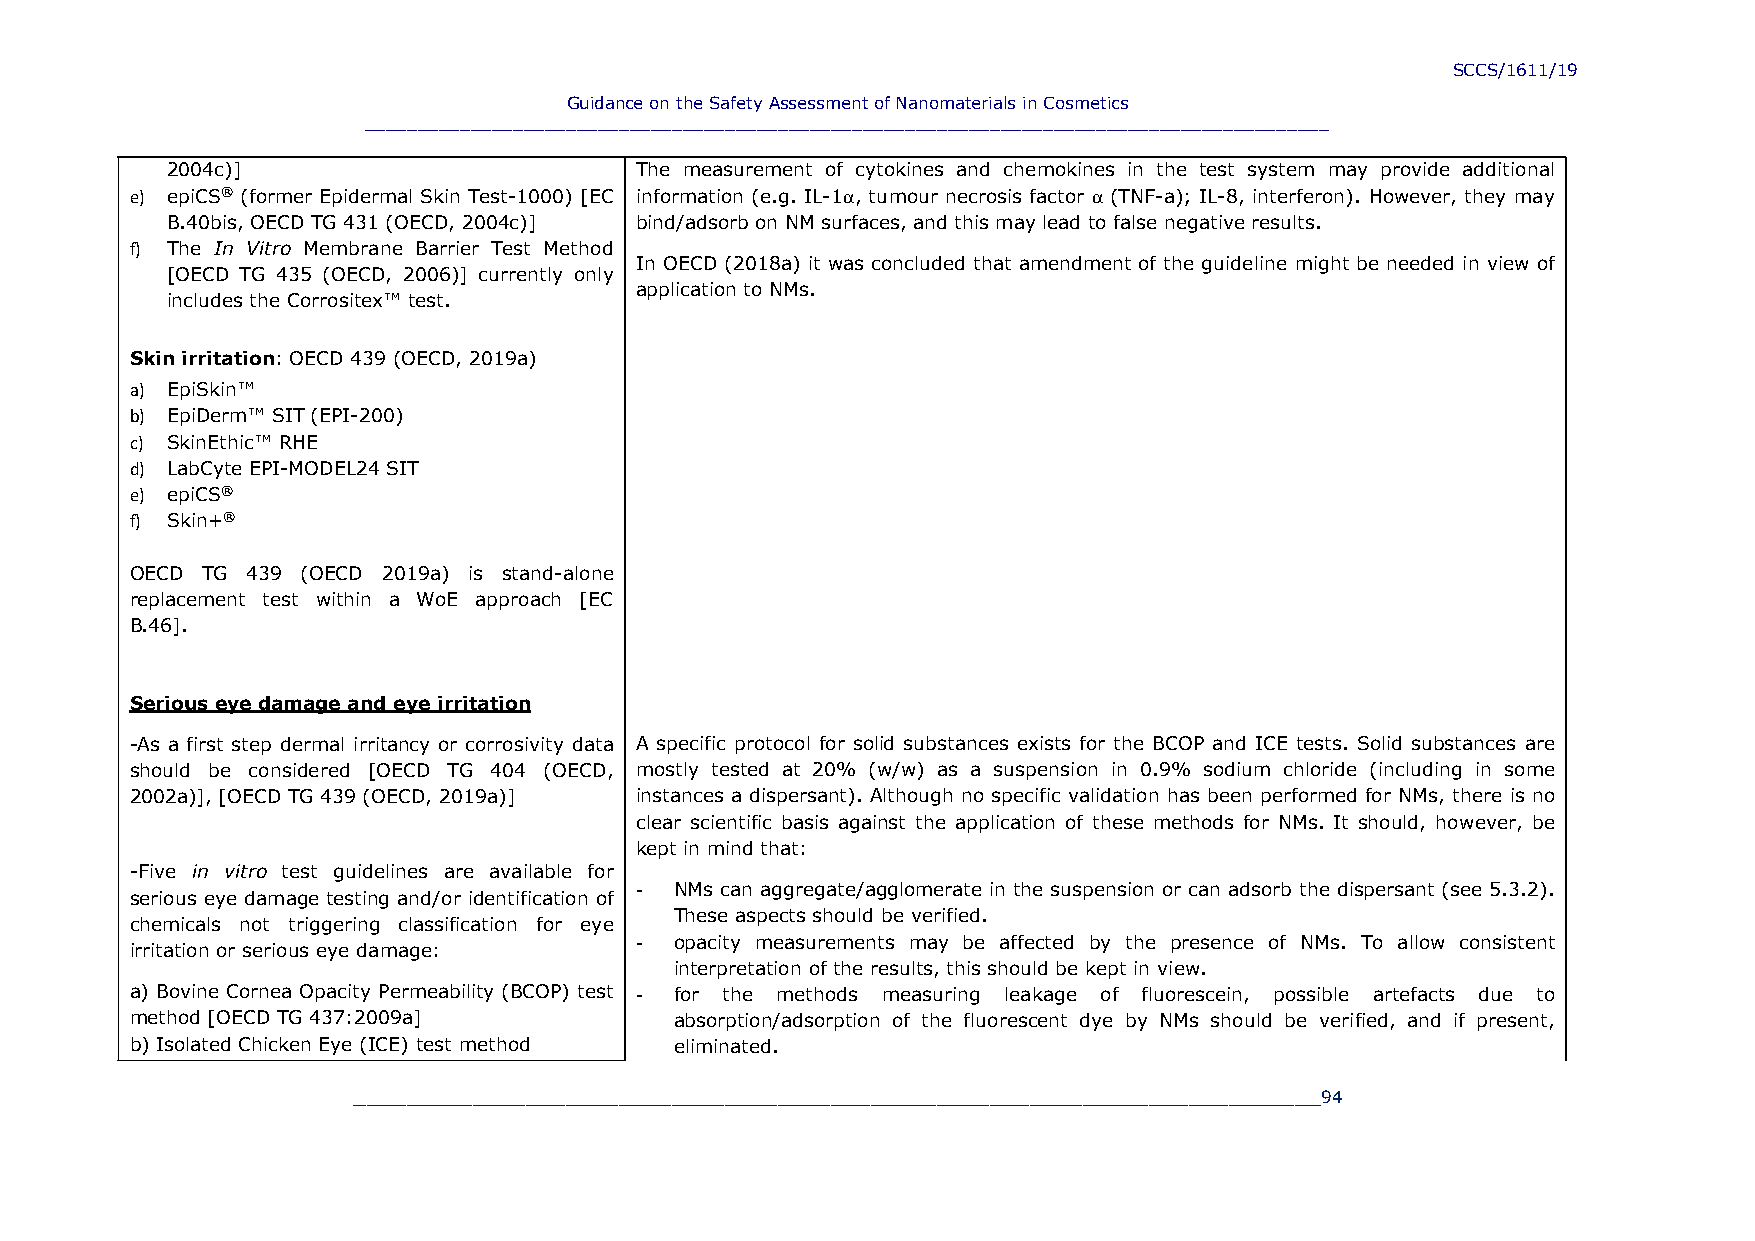
SCCS/1611/19
 Guidance on the Safety Assessment of Nanomaterials in Cosmetics
 ___________________________________________________________________________________________
 2004c)]                        The measurement of cytokines and chemokines in the test system may provide additional
 e) epiCS® (former Epidermal Skin Test-1000) [EC information (e.g. IL-1, tumour necrosis factor  (TNF-a); IL-8, interferon). However, they may
 B.40bis, OECD TG 431 (OECD, 2004c)] bind/adsorb on NM surfaces, and this may lead to false negative results.
 f) The In Vitro Membrane Barrier Test Method
 In OECD (2018a) it was concluded that amendment of the guideline might be needed in view of
 [OECD TG 435 (OECD, 2006)] currently only
 application to NMs.
 includes the Corrositex™ test.
 Skin irritation: OECD 439 (OECD, 2019a)
 a) EpiSkin™
 b) EpiDerm™ SIT (EPI-200)
 c) SkinEthic™ RHE
 d) LabCyte EPI-MODEL24 SIT
 e) epiCS®
 f) Skin+®
 OECD TG 439 (OECD 2019a) is stand-alone
 replacement test within a WoE approach [EC
 B.46].
 Serious eye damage and eye irritation
 -As a first step dermal irritancy or corrosivity data A specific protocol for solid substances exists for the BCOP and ICE tests. Solid substances are
 should be considered [OECD TG 404 (OECD, mostly tested at 20% (w/w) as a suspension in 0.9% sodium chloride (including in some
 2002a)], [OECD TG 439 (OECD, 2019a)] instances a dispersant). Although no specific validation has been performed for NMs, there is no
 clear scientific basis against the application of these methods for NMs. It should, however, be
 kept in mind that:
 -Five in vitro test guidelines are available for
 -  NMs can aggregate/agglomerate in the suspension or can adsorb the dispersant (see 5.3.2).
 serious eye damage testing and/or identification of
 These aspects should be verified.
 chemicals not triggering classification for eye
 -  opacity measurements may be affected by the presence of NMs. To allow consistent
 irritation or serious eye damage:
 interpretation of the results, this should be kept in view.
 a) Bovine Cornea Opacity Permeability (BCOP) test - for the methods measuring leakage of fluorescein, possible artefacts due to
 method [OECD TG 437:2009a]          absorption/adsorption of the fluorescent dye by NMs should be verified, and if present,
 b) Isolated Chicken Eye (ICE) test method eliminated.
 _________________________________________________________________________94